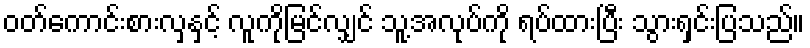
ဝတ်ကောင်းစားလှနှင့် လူကိုမြင်လျှင် သူ့အလုပ်ကို ရပ်ထားပြီး သွားရှင်းပြသည်။